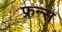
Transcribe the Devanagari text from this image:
फ्रन्स